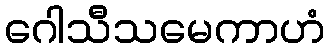
ဂေါသီသမေကာဟံ